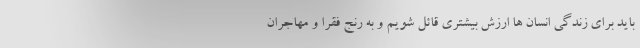
باید برای زندگی انسان ها ارزش بیشتری قائل شویم و به رنج فقرا و مهاجران